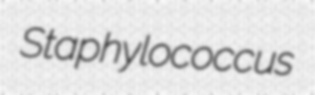
Staphylococcus